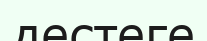
дестеге